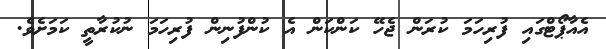
އެއާޕޯޓްގައި ފުރިހަމަ ކުރަން ޖެހޭ ކަންކަން އެ ކުންފުނިން ފުރިހަމަ ނުކުރާތީ ކަމަށެވެ.